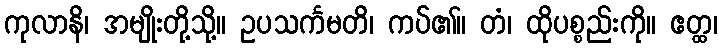
ကုလာနိ၊ အမျိုးတို့သို့။ ဥပသင်္ကမတိ၊ ကပ်၏။ တံ၊ ထိုပစ္စည်းကို။ ဧတ္ထ၊